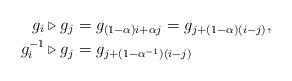
LaTeX: \begin{align*} g_i\triangleright g_j&=g_{(1-\alpha)i+\alpha j}=g_{j+(1-\alpha)(i-j)},\\ g_i^{-1}\triangleright g_j &=g_{j+(1-\alpha ^{-1})(i-j)}\end{align*}